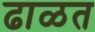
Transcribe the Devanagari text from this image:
ढाळत